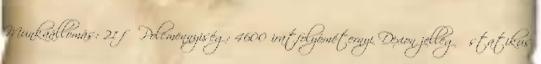
Munkaállomás: 21 fő Polcmennyiség: 4600 iratfolyóméternyi Dexion jellegű statikus